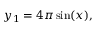
y _ { 1 } = 4 \pi \sin ( x ) ,